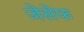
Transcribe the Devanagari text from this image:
जेसेफ